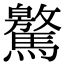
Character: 𩦨